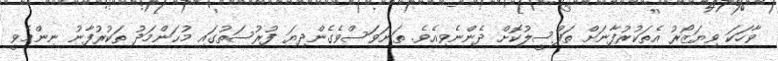
ވާހަކަ ވިޔަޒޯރު އެތަކުރުފާނަށް ތަފްސީލުކޮށް ދެންނެވިއެވެ. ތަނަވަސްވެގެންދިޔަ ފުރުސަތުގައި މުޙަންމަދު ތަކުރުފާނު ނިންމެވީ